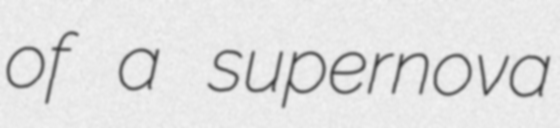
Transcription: of a supernova